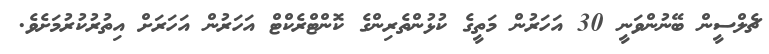
ޗެލްސީން ބޭނުންވަނީ 30 އަހަރުން މަތީގެ ކުޅުންތެރިންގެ ކޮންޓްރެކްޓް އަހަރުން އަހަރަށް އިތުރުކުރުމަށެވެ.